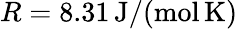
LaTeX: R=8.31\, \mathrm{J}/(\mathrm{mol}\, \mathrm{K})